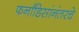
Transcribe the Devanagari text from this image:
फर्नांडिसांनंतरचे